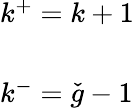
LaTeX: \begin{array}{l}{{k^{+}=k+1}}\\ {{\ }}\\ {{k^{-}=\check{g}-1}}\end{array}